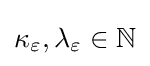
\kappa _{\varepsilon },\lambda _{\varepsilon }\in \mathbb {N}